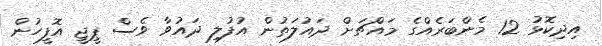
އިދިކޮޅު 12 މެންބަރެއްގެ މައްޗަށް ދައުލަތުން އުފުލި ދައުވާ ވެސް ޕީޖީ އޮފީހުން